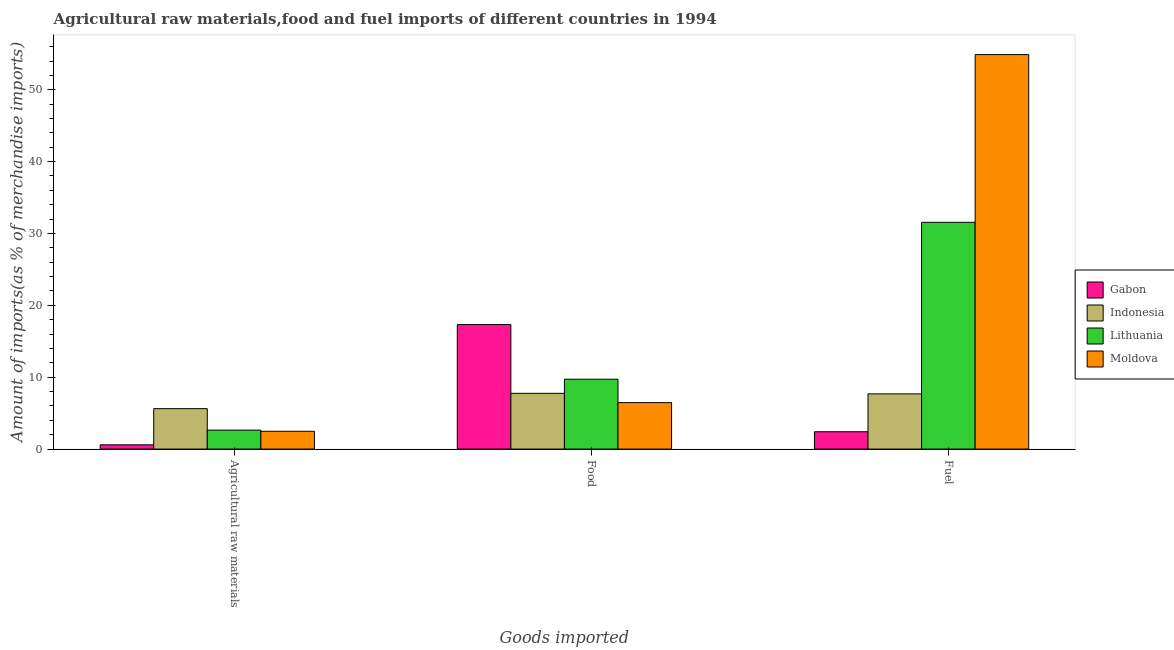
| Goods imported | Gabon | Indonesia | Lithuania | Moldova |
 | --- | --- | --- | --- | --- |
 | Agricultural raw materials | 0.592 | 5.63 | 2.64 | 2.48 |
 | Food | 17.3 | 7.76 | 9.72 | 6.46 |
 | Fuel | 2.41 | 7.68 | 31.6 | 54.9 |